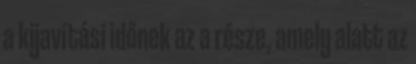
a kijavítási időnek az a része, amely alatt az